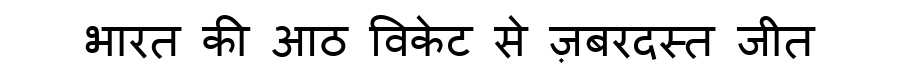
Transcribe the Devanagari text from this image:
भारत की आठ विकेट से ज़बरदस्त जीत